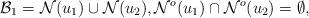
LaTeX: \begin{align*}\mathcal B_1= \mathcal N(u_1) \cup \mathcal N(u_2), \mathcal N^o(u_1) \cap \mathcal N^o(u_2) = \emptyset,\end{align*}